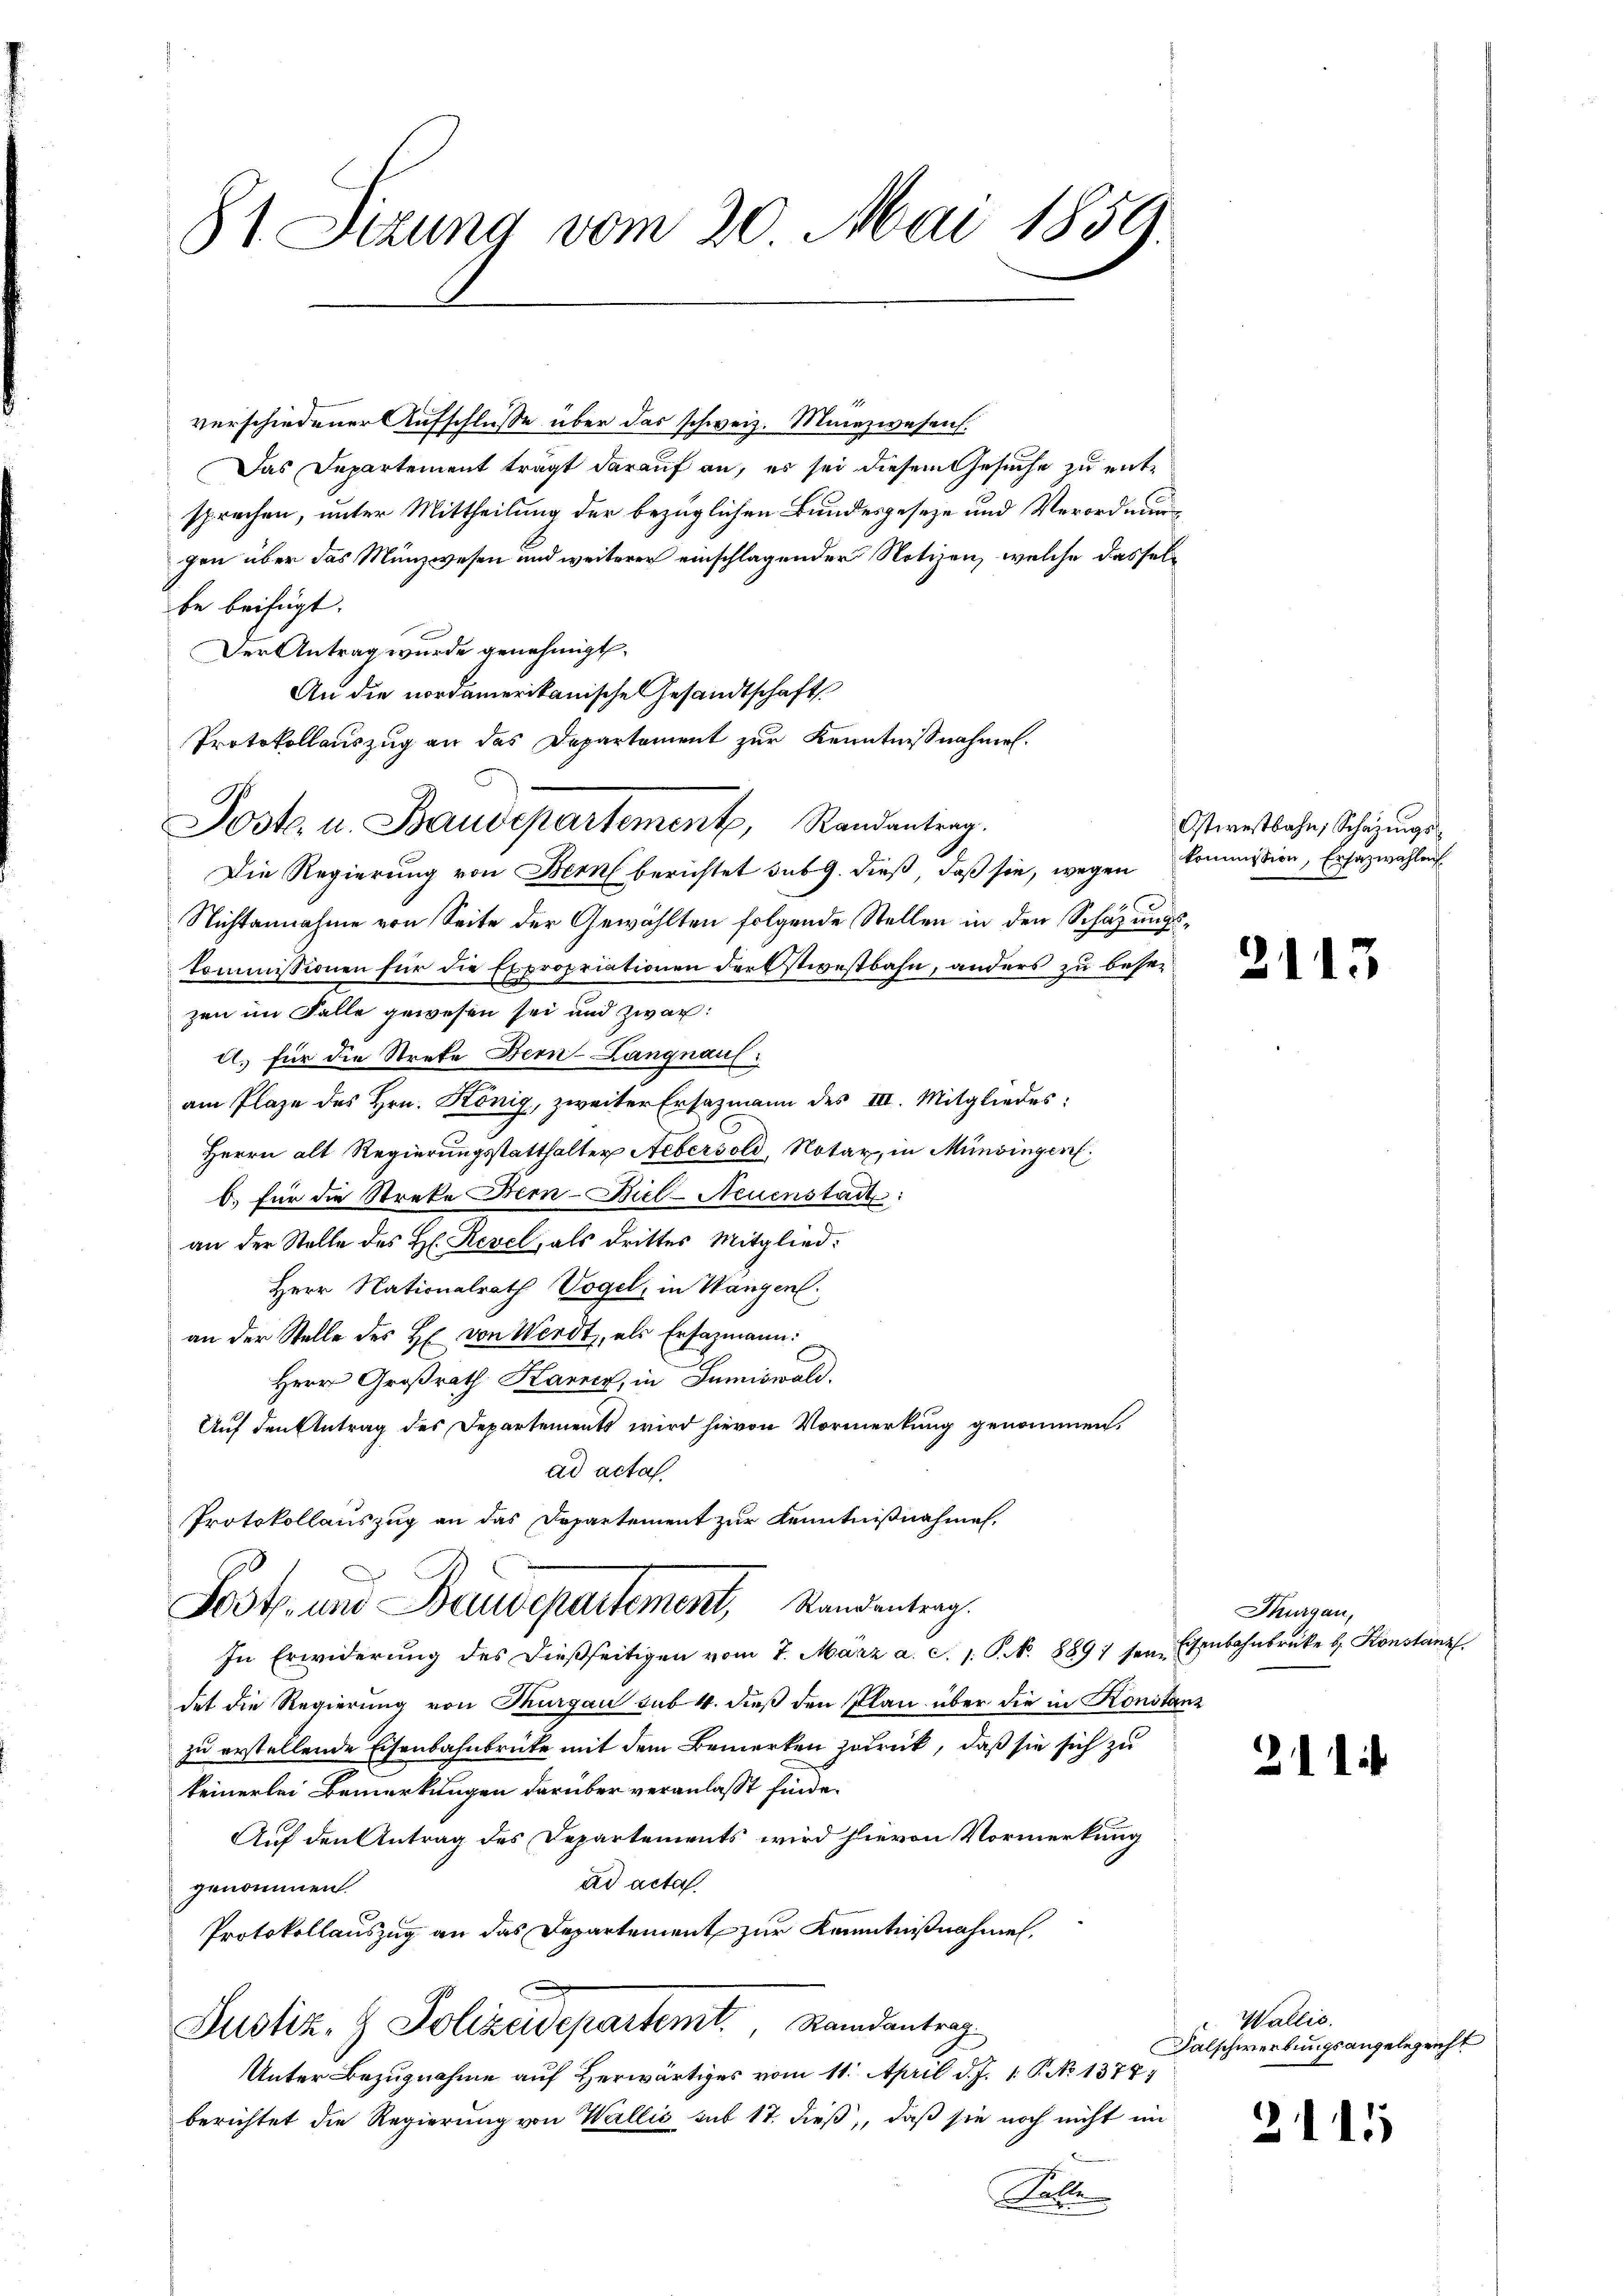
81. Sizung vom 20. Mai 1859.

verschiedener Aufschlusse über das schweiz. Maiezwesens.
Das Departement trägt darauf an, es sei diesem Gesuche zu entsprechen, unter Mittheilung der bezüglichen Bundesgeseze und Verordnungen über das Münzwesen und weiterer einschlagender Notizen, welche dasselbe beifügt:
Der Antrag wurde genehmigt.
An die nordamerikanische Gesandtschaft
Die Regierung von Bern berichtet sub 9. dieß, daß sie, wegen Kommission, Ersäzwahlen
Nichtannahme von Seite der Gewählten folgende Stellen in den Schazungskommissionen für die Expropriationen der stiestbahn, anders zu besezen im Falle gewesen sei und zwar:
A.) für die Streke Bern-Langnaul
am Plaze des Hrn. König, zweiter Ersazmann des III. Mitgliedes:
Herrn alt Regierungsstatthalter Aebersold, Notar, in Münsingen,
b. für die Streke Bern-Bicl-Neuenstadt:
an der Stelle des H. Revel, als drittes Mitglied:
Herr Nationalrath Vogel, in Wangen.
an der Stelle des H. von Werdt, als Ersazmann:
Herr Großrath Karner, in Sumiswald.
Auf den Antrag des Departements wird hievon Vormerkung genommen.
ad acta.
Protokollauszug an das Departement zur Kenntnißnahmen.
Post- und Baudepartement, Standentrag.
In Erwiderung des dießseitigen vom 7. März a. c. 1. P. N. 8891 sein Ehenbahnbrücke b. Konstanz
det die Regierung von Thurgau sub 4. dieß den Plan über die in Konstanz
zu erstellende Eisenbahnbrücke mit dem Bemerken zurück, daß sie sich zu
keinerlei Bemerkungen darüber veranlasst finde.
Auf den Antrag des Departements wird hievon Vormerkung
ad acta.
genommen.
Protokollauszug an das Departement zur Kenntnißnahmen.
Justiz- & Polizadepartemt. Mandantrag
Unter Bezugnahme auf Herwärtiges vom 11. April d. J. 1. P. No 1378)
berichtet die Regierung von Wallis sub 17. dieß, daß sie noch nicht im
Palle

Protokollauszug an das Departement zur Kenntnißnahmen.
n
A
Jost. u. Baudepartement, Randantrag.

Ostwestbahn, Schazungs¬

2113

Thurgau,

211

Wallis.
Falschwerbungsangelegenst

2115